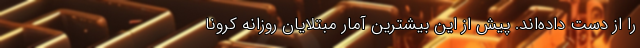
را از دست داده‌اند. پیش از این بیشترین آمار مبتلایان روزانه کرونا